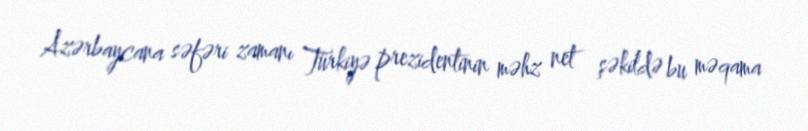
Azərbaycana səfəri zamanı Türkiyə prezidentinin məhz net şəkildə bu məqama